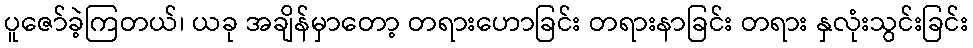
ပူဇော်ခဲ့ကြတယ်၊ ယခု အချိန်မှာတော့ တရားဟောခြင်း တရားနာခြင်း တရား နှလုံးသွင်းခြင်း